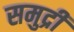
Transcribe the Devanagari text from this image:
समुद्रीं